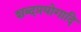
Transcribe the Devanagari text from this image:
शब्दप्रयोगादि